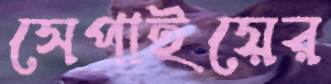
সেপাইয়ের